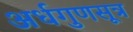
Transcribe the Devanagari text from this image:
अर्धगुणसूत्र